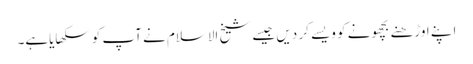
اپنے اوڑھنے بچھونے کو ویسے کر دیں جیسے شیخ الاسلام نے آپ کو سکھایاہے۔